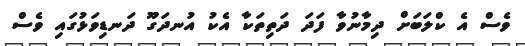
ވެސް އެ ކްލަބަށް ދިމާނުވާ ފަދަ ދަތިތަކާ އެކު އުނދަގޫ ދަނޑިވަޅުގައި ވެސް